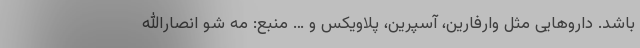
باشد. داروهایی مثل وارفارین، آسپرین، پلاویکس و … منبع: مه شو انصارالله